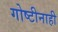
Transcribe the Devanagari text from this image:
गोष्टीनाही